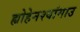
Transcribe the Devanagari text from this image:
ह्योहेनश्वांगाउ